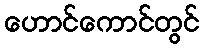
ဟောင်ကောင်တွင်